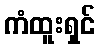
ကံထူးရှင်